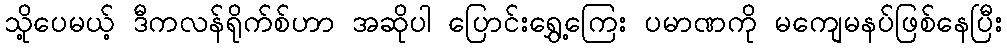
သို့ပေမယ့် ဒီကလန်ရိုက်စ်ဟာ အဆိုပါ ပြောင်းရွှေ့ကြေး ပမာဏကို မကျေမနပ်ဖြစ်နေပြီး